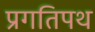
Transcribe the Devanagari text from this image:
प्रगतिपथ